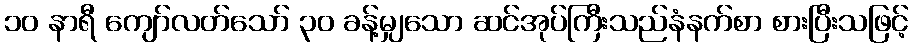
၁၀ နာရီ ကျော်လတ်သော် ၃၀ ခန့်မျှသော ဆင်အုပ်ကြီးသည်နံနက်စာ စားပြီးသဖြင့်